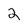
Character: 2